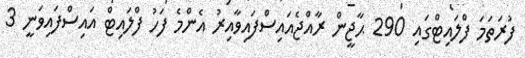
ފުރަތަމަ ފްލައިޓްގައި 290 ޙާޖީން ރާއްޖެއައިސްފައިވާއިރު އެންމެ ފަހު ފްލައިޓް އައިސްފައިވަނީ 3